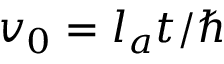
v _ { 0 } = l _ { a } t / \hbar